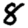
Digit: 8